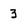
Character: 3